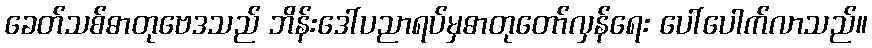
ခေတ်သစ်ဓာတုဗေဒသည် ဘိန်းဒေါ်ပညာရပ်မှဓာတုတော်လှန်ရေး ပေါ်ပေါက်လာသည်။